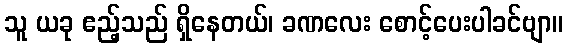
သူ ယခု ဧည့်သည် ရှိနေတယ်၊ ခဏလေး စောင့်ပေးပါခင်ဗျာ။